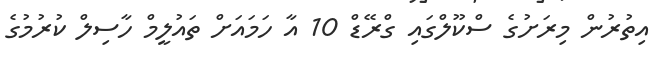
އިތުރުން މިރަށުގެ ސްކޫލްގައި ގްރޭޑް 10 އާ ހަމައަށް ތައުލީމް ހާސިލް ކުރުމުގެ